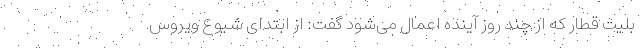
بلیت قطار که از چند روز آینده اعمال می‌شود گفت: از ابتدای شیوع ویروس